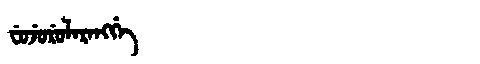
Manchu: ᠸᡠᠵᡠᡵᡠᠯᠠᡵᠠᠩᡤᡝ
Romanization: FUJURULARANGGE